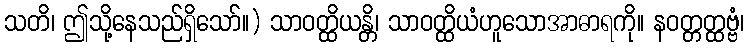
သတိ၊ ဤသို့နေသည်ရှိသော်။) သာဝတ္ထိယန္တိ၊ သာဝတ္ထိယံဟူသောအာဓာရကို။ နဝတ္တတ္ထဗ္ဗံ၊